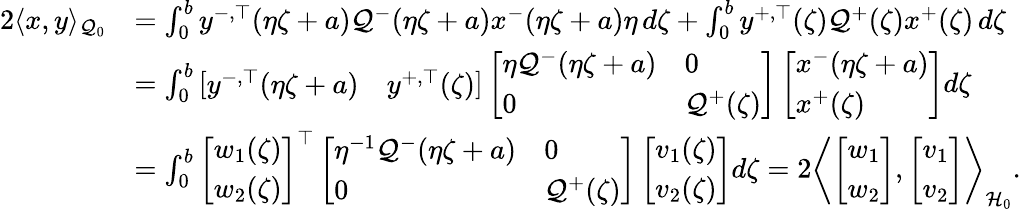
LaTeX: \begin{array}{rl}{2\langle x,y\rangle_{\mathcal{Q}_{0}}}&{=\int_{0}^{b}y^{-,\top}(\eta\zeta+a)\mathcal{Q}^{-}(\eta\zeta+a)x^{-}(\eta\zeta+a)\eta\, d\zeta+\int_{0}^{b}y^{+,\top}(\zeta)\mathcal{Q}^{+}(\zeta)x^{+}(\zeta)\, d\zeta}\\ &{=\int_{0}^{b}\left[\begin{array}{ll}{y^{-,\top}(\eta\zeta+a)}&{y^{+,\top}(\zeta)}\end{array}\right]\left[\begin{array}{ll}{\eta\mathcal{Q}^{-}(\eta\zeta+a)}&{0}\\ {0}&{\mathcal{Q}^{+}(\zeta)}\end{array}\right]\left[\begin{array}{l}{x^{-}(\eta\zeta+a)}\\ {x^{+}(\zeta)}\end{array}\right]d\zeta}\\ &{=\int_{0}^{b}\left[\begin{array}{l}{w_{1}(\zeta)}\\ {w_{2}(\zeta)}\end{array}\right]^{\top}\left[\begin{array}{ll}{\eta^{-1}\mathcal{Q}^{-}(\eta\zeta+a)}&{0}\\ {0}&{\mathcal{Q}^{+}(\zeta)}\end{array}\right]\left[\begin{array}{l}{v_{1}(\zeta)}\\ {v_{2}(\zeta)}\end{array}\right]d\zeta=2\left\langle\left[\begin{array}{l}{w_{1}}\\ {w_{2}}\end{array}\right],\left[\begin{array}{l}{v_{1}}\\ {v_{2}}\end{array}\right]\right\rangle_{\mathcal{H}_{0}}.}\end{array}